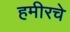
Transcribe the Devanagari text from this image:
हमीरचे